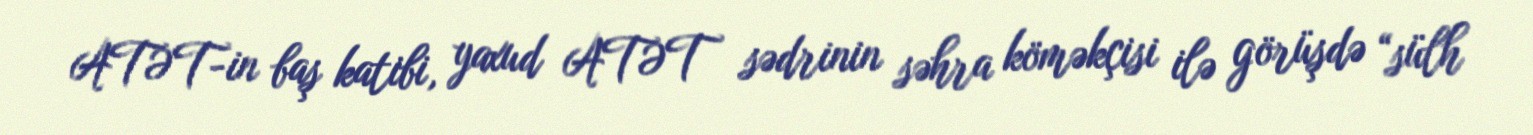
ATƏT-in baş katibi, yaxud ATƏT sədrinin səhra köməkçisi ilə görüşdə “sülh